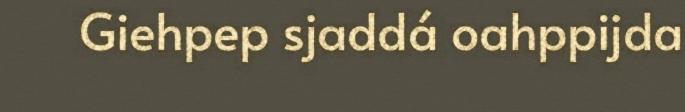
Giehpep sjaddá oahppijda